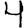
Digit: 4